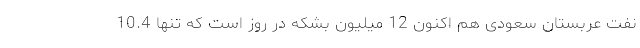
نفت عربستان سعودی هم اکنون 12 میلیون بشکه در روز است که تنها 10.4